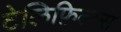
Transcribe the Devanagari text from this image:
टेलिफ़िल्म्स